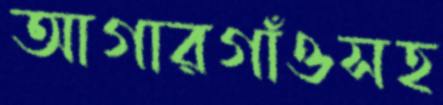
আগারগাঁওসহ